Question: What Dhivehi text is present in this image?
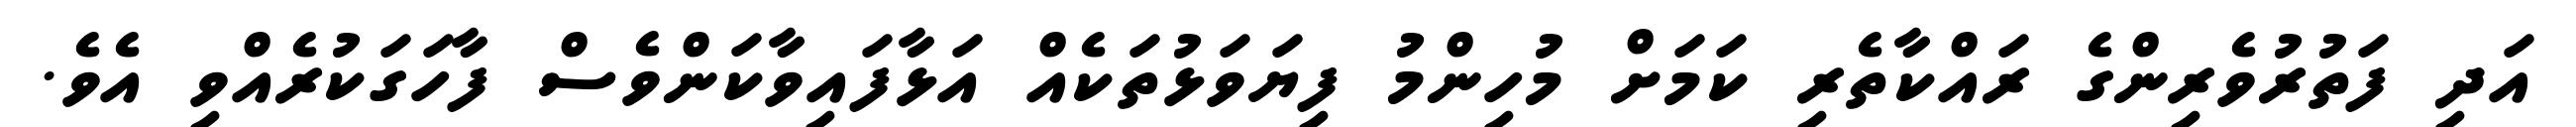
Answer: އަދި ފަތުރުވެރިންގެ ރައްކާތެރި ކަމަށް މުހިންމު ފިޔަވަޅުތަކެއް އަޅާފައިވާކަންވެސް ފާހަގަކުރެއްވި އެވެ.